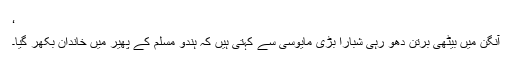
‘
آنگن میں بیٹھی برتن دھو رہی شبارا بڑی مایوسی سے کہتی ہیں کہ ہندو مسلم کے پھیر میں خاندان بکھر گیا۔